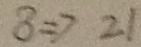
8 \Rightarrow 2 1